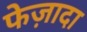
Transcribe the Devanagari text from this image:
फेज़ादा